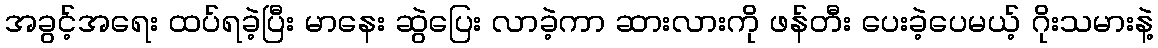
အခွင့်အရေး ထပ်ရခဲ့ပြီး မာနေး ဆွဲပြေး လာခဲ့ကာ ဆားလားကို ဖန်တီး ပေးခဲ့ပေမယ့် ဂိုးသမားနဲ့